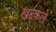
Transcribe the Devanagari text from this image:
खटकले